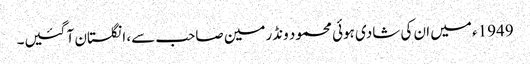
1949ء میں ان کی شادی ہوئی محمود ونڈرمین صاحب سے، انگلستان آ گئیں۔